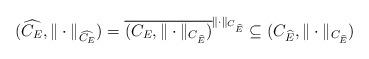
LaTeX: \begin{align*}(\widehat{C_E},\|\cdot\|_{\widehat{C_E}})=\overline{(C_E,\|\cdot\|_{C_{\widehat{E}}})}^{\|\cdot\|_{C_{\widehat{E}}}}\subseteq (C_{\widehat{E}},\|\cdot\|_{C_{\widehat{E}}})\end{align*}